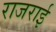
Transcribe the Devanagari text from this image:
राजराई